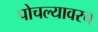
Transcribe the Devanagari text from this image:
पोचल्यावरच